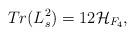
LaTeX: \begin{align*}Tr(L_s^2)=12{\cal H}_{F_4}, \end{align*}